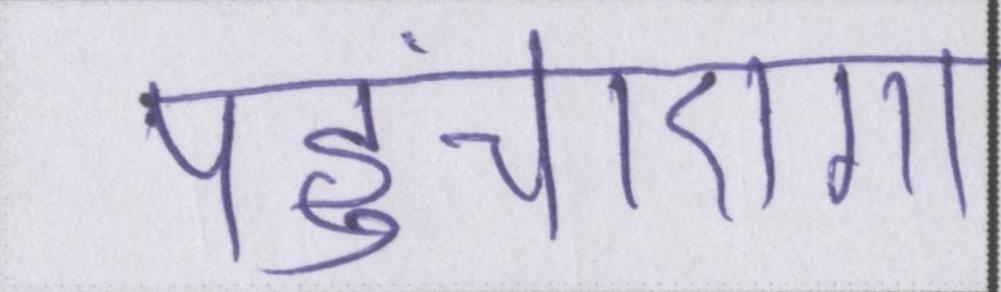
पहुंचाएगा